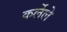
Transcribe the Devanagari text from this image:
कर्लेले